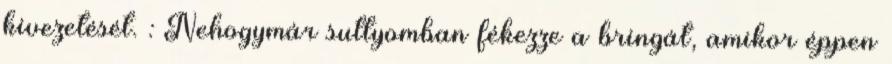
kivezetését. : Nehogymár suttyomban fékezze a bringát, amikor éppen